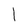
Character: 1